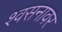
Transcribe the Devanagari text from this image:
श्वसनावर